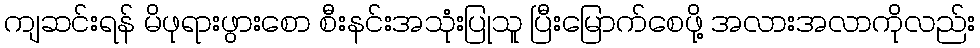
ကျဆင်းရန် မိဖုရားဖွားစော စီးနင်းအသုံးပြုသူ ပြီးမြောက်စေဖို့ အလားအလာကိုလည်း